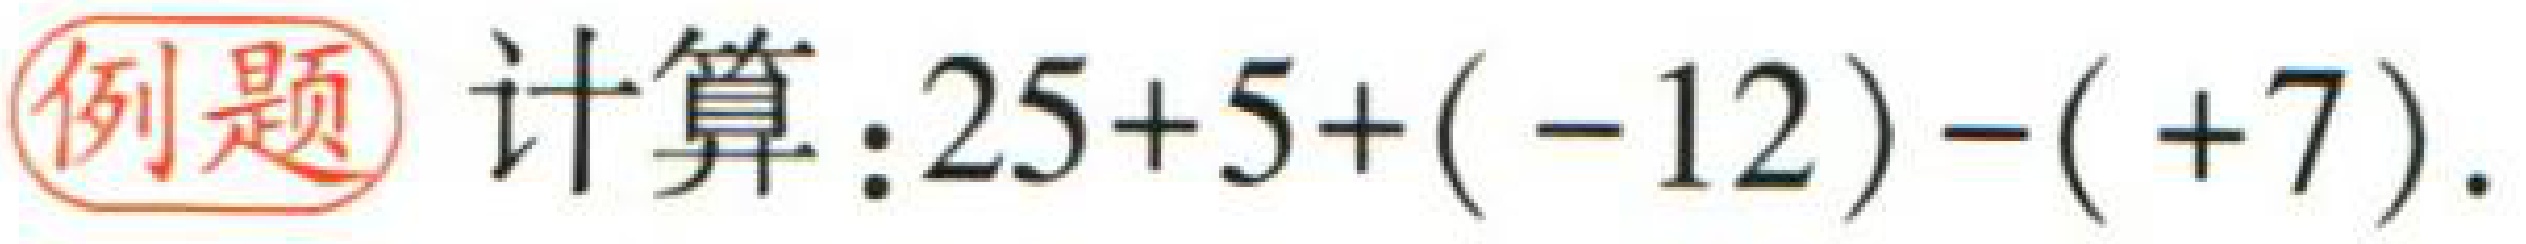
例题 计算：\(25 + 5 + (-12) - (+7)\)